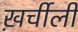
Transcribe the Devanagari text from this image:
ख़र्चीली